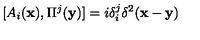
[ A _ { i } ( { \bf x } ) , \Pi ^ { j } ( { \bf y } ) ] = i \delta _ { i } ^ { j } \delta ^ { 2 } ( { \bf x } - { \bf y } )